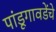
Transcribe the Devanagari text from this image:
पांडूगावडेंचे